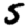
Digit: 5